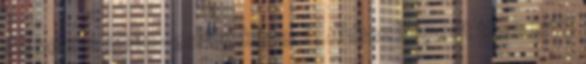
de nem a 2010-eshez képest. Ahhoz képest több lett.